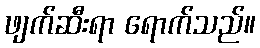
ဖျက်ဆီးရာ ရောက်သည်။